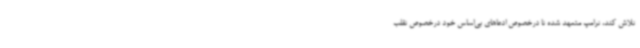
تلاش کند، ترامپ متعهد شده تا درخصوص ادعاهای بی‌اساس خود درخصوص تقلب